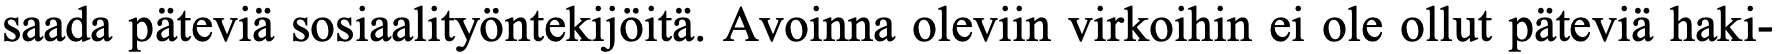
saada päteviä sosiaalityöntekijöitä. Avoinna oleviin virkoihin ei ole ollut päteviä haki-